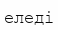
еледі